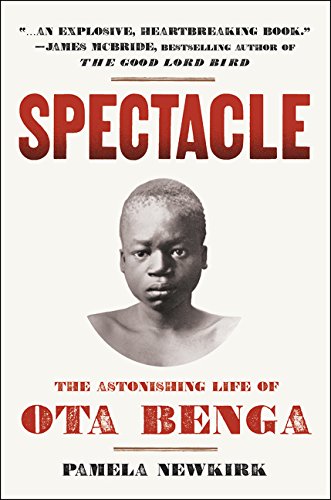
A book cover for Spectacle: The Astonishing Life of Ota Benga; Pamela Newkirk; Biographies & Memoirs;